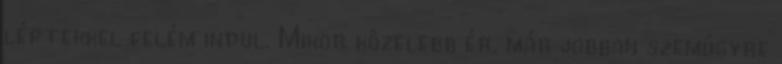
léptekkel felém indul. Mikor közelebb ér, már jobban szemügyre